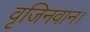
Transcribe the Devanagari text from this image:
वृजिनवान।